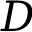
D